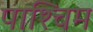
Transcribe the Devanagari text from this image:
पाश्चिम